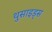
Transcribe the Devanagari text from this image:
थुसाइड्स